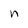
Character: n